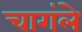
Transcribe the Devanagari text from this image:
चागंले